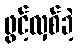
ဖွင့်လှစ်ခဲ့